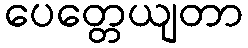
ပေတ္တေယျတာ